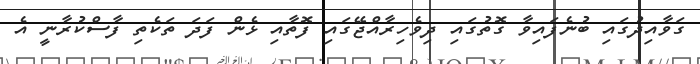
ގަވާއިދުގައި ބުނެފައިވާ ގޮތުގައި ދިވެހިރާއްޖޭގައި ފޮތާއި ޅެން ފަދަ ތަކެތި ފާސްކުރާނީ އެ